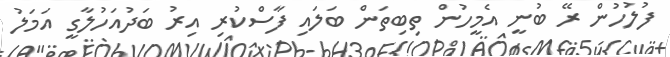
ފުލުހުން ރޭ ބުނީ އެމީހުން ތިބިތަން ބަލައި ފާސްކުރި އިރު ބަދުއަހުލާގީ އަމަލު